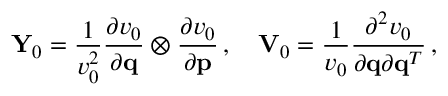
{ \bf Y } _ { 0 } = \frac { 1 } { v _ { 0 } ^ { 2 } } \frac { \partial v _ { 0 } } { \partial { \bf q } } \otimes \frac { \partial v _ { 0 } } { \partial { \bf p } } \, , \quad { \bf V } _ { 0 } = \frac { 1 } { v _ { 0 } } \frac { \partial ^ { 2 } v _ { 0 } } { \partial { \bf q } \partial { \bf q } ^ { T } } \, ,